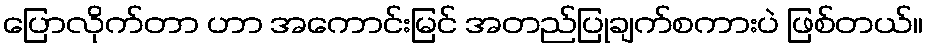
ပြောလိုက်တာ ဟာ အကောင်းမြင် အတည်ပြုချက်စကားပဲ ဖြစ်တယ်။